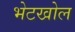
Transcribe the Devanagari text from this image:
भेटखोल